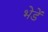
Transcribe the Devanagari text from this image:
भेडें